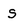
Character: S